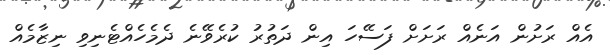
އެއް ރަށުން އަނެއް ރަށަށް ފަސޭހަ އިން ދަތުރު ކުރެވޭނެ ދެމެހެއްޓެނިވި ނިޒާމެއް